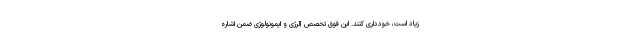
زیاد است، خودداری کنند. این فوق تخصص آلرژی و ایمونولوژی ضمن اشاره